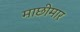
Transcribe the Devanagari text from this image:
माछीमार